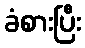
ခံစားပြီး